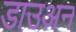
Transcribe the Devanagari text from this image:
डाउअन